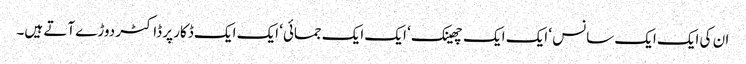
ان کی ایک ایک سانس ‘ ایک ایک چھینک ‘ ایک ایک جمائی‘ ایک ایک ڈکار پر ڈاکٹر دوڑے آتے ہیں۔